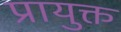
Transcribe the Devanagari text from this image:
प्रायुक्त